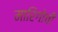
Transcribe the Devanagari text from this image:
मारिगोची